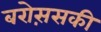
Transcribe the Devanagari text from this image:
बरोस़सकी